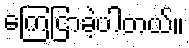
ကြေငြာခဲ့ပါတယ်။